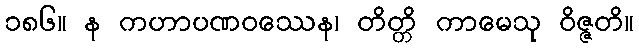
၁၈၆။ န ကဟာပဏဝဿေန၊ တိတ္တိ ကာမေသု ဝိဇ္ဇတိ။